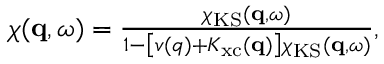
\begin{array} { r } { \chi ( \mathbf { q } , \omega ) = \frac { \chi _ { \mathrm { K S } } ( \mathbf { q } , \omega ) } { 1 - \left[ v ( q ) + K _ { \mathrm { x c } } ( \mathbf { q } ) \right] \chi _ { \mathrm { K S } } ( \mathbf { q } , \omega ) } , } \end{array}